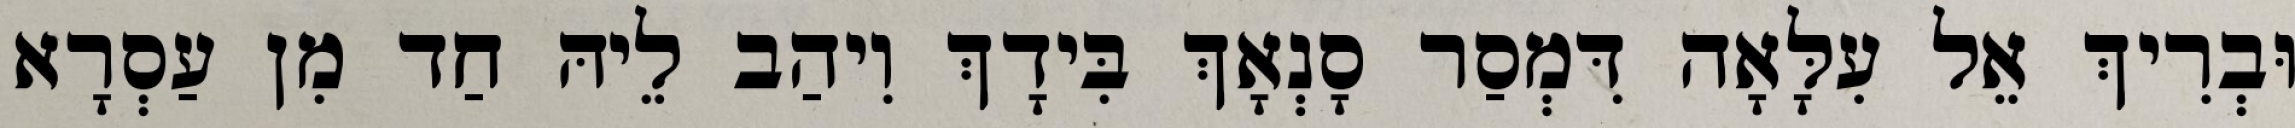
וּבְרִיךְ אֵל עִלָּאָה דִּמְסַר סָנְאָךְ בִּידָךְ וִיהַב לֵיהּ חַד מִן עַסְרָא